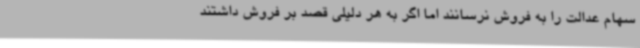
سهام عدالت را به فروش نرسانند اما اگر به هر دلیلی قصد بر فروش داشتند